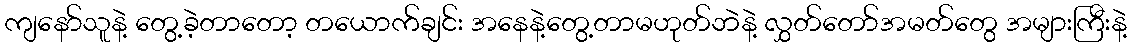
ကျနော်သူနဲ့ တွေ့ခဲ့တာတော့ တယောက်ချင်း အနေနဲ့တွေ့တာမဟုတ်ဘဲနဲ့ လွှတ်တော်အမတ်တွေ အများကြီးနဲ့